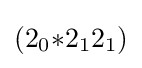
(2_{0}{*}2_{1}2_{1})